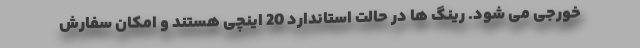
خورجی می شود. رینگ ها در حالت استاندارد 20 اینچی هستند و امکان سفارش